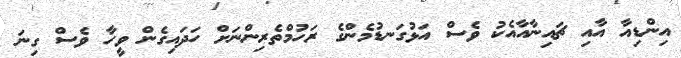
އިންޑިއާ އާއި ޗައިނާއާއެކު ވެސް އަޅުގަނޑުމެންގެ ރަހުމްތެރިންނަށް ހަދައިގެން ވީހާ ވެސް ގިނަ